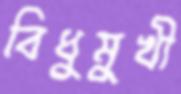
বিধুমুখী